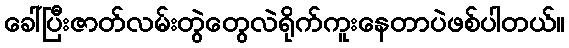
ခေါ်ပြီးဇာတ်လမ်းတွဲတွေလဲရိုက်ကူးနေတာပဲဖစ်ပါတယ်။